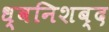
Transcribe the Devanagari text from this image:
ध्वनिशब्द